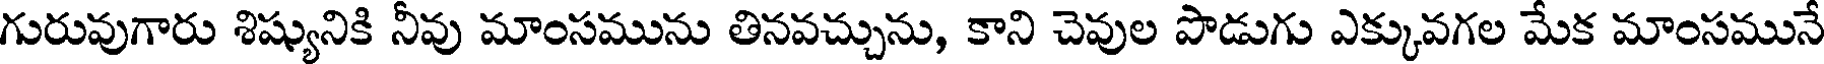
గురువుగారు శిష్యునికి నీవు మాంసమును తినవచ్చును, కాని చెవుల పొడుగు ఎక్కువగల మేక మాంసమునే